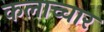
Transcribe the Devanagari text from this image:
कलाच्चार